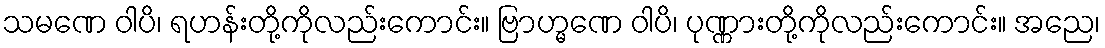
သမဏေ ဝါပိ၊ ရဟန်းတို့ကိုလည်းကောင်း။ ဗြာဟ္မဏေ ဝါပိ၊ ပုဏ္ဏားတို့ကိုလည်းကောင်း။ အညေ၊